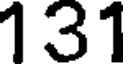
131